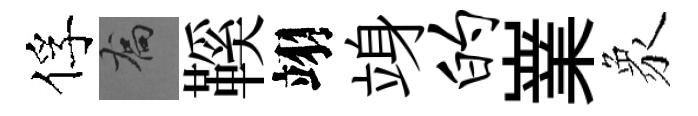
俘喬鞵翊竧的嶪象